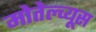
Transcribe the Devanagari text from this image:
मोतेल्च्यूस